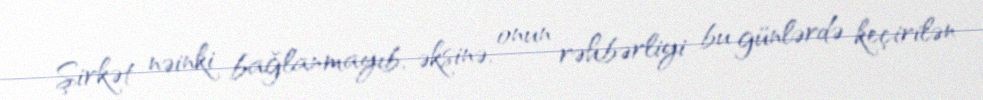
Şirkət nəinki bağlanmayıb, əksinə, onun rəhbərliyi bu günlərdə keçirilən